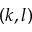
( k , l )